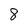
Character: 8